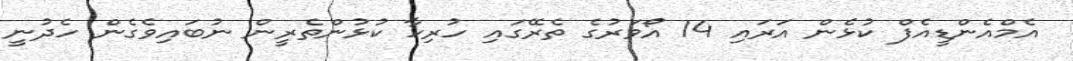
އެމްއެންޑީއެފް ކުޅެން އަރައި 14 އޯވަރުގެ ތެރޭގައި ހުރިހާ ކުޅުންތެރީން ނުބައިވެގެން ހެދުނީ